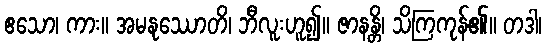
ဧသော၊ ကား။ အမနုဿောတိ၊ ဘီလူးဟူ၍။ ဇာနန္တိ၊ သိကြကုန်၏။ တဒါ၊